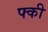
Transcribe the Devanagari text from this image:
फ्की